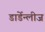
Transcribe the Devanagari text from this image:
डार्डेन्लीज